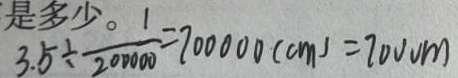
3 . 5 \div \frac { 0 } { 2 0 0 0 0 0 } = 7 0 0 0 0 0 ( c m ) = 7 0 0 0 m